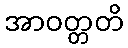
အာဝတ္တတိ